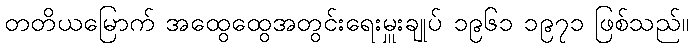
တတိယမြောက် အထွေထွေအတွင်းရေးမှူးချုပ် ၁၉၆၁ ၁၉၇၁ ဖြစ်သည်။